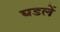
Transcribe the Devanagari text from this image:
घडलें